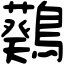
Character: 𪆴